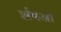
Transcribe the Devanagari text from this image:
र्शषआ